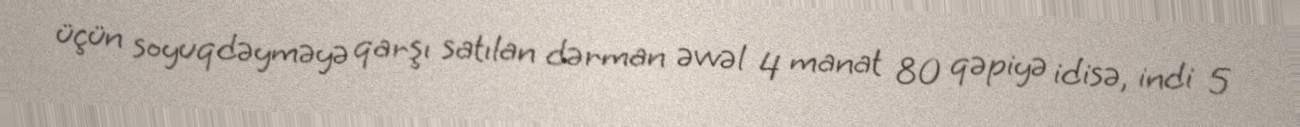
üçün soyuqdəyməyə qarşı satılan dərman əvvəl 4 manat 80 qəpiyə idisə, indi 5